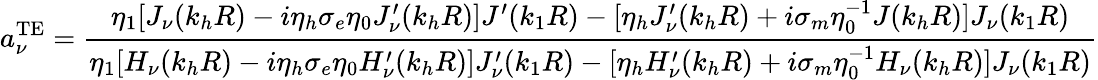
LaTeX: a_{\nu}^{\textrm{TE}}=\frac{\eta_{1}[J_{\nu}(k_{h}R)-i\eta_{h}\sigma_{e}\eta_{0}J_{\nu}^{\prime}(k_{h}R)]J^{\prime}(k_{1}R)-[\eta_{h}J_{\nu}^{\prime}(k_{h}R)+i\sigma_{m}\eta_{0}^{-1}J(k_{h}R)]J_{\nu}(k_{1}R)}{\eta_{1}[H_{\nu}(k_{h}R)-i\eta_{h}\sigma_{e}\eta_{0}H_{\nu}^{\prime}(k_{h}R)]J_{\nu}^{\prime}(k_{1}R)-[\eta_{h}H_{\nu}^{\prime}(k_{h}R)+i\sigma_{m}\eta_{0}^{-1}H_{\nu}(k_{h}R)]J_{\nu}(k_{1}R)}